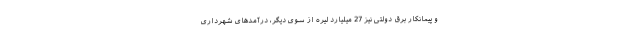
و پیمانکار برق دولتی نیز 27 میلیارد لیره از سوی دیگر، درآمدهای شهرداری